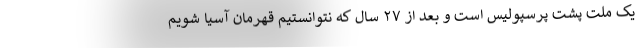
یک ملت پشت پرسپولیس است و بعد از ۲۷ سال که نتوانستیم قهرمان آسیا شویم